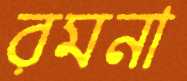
রমনা